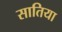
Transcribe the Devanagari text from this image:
सातिया